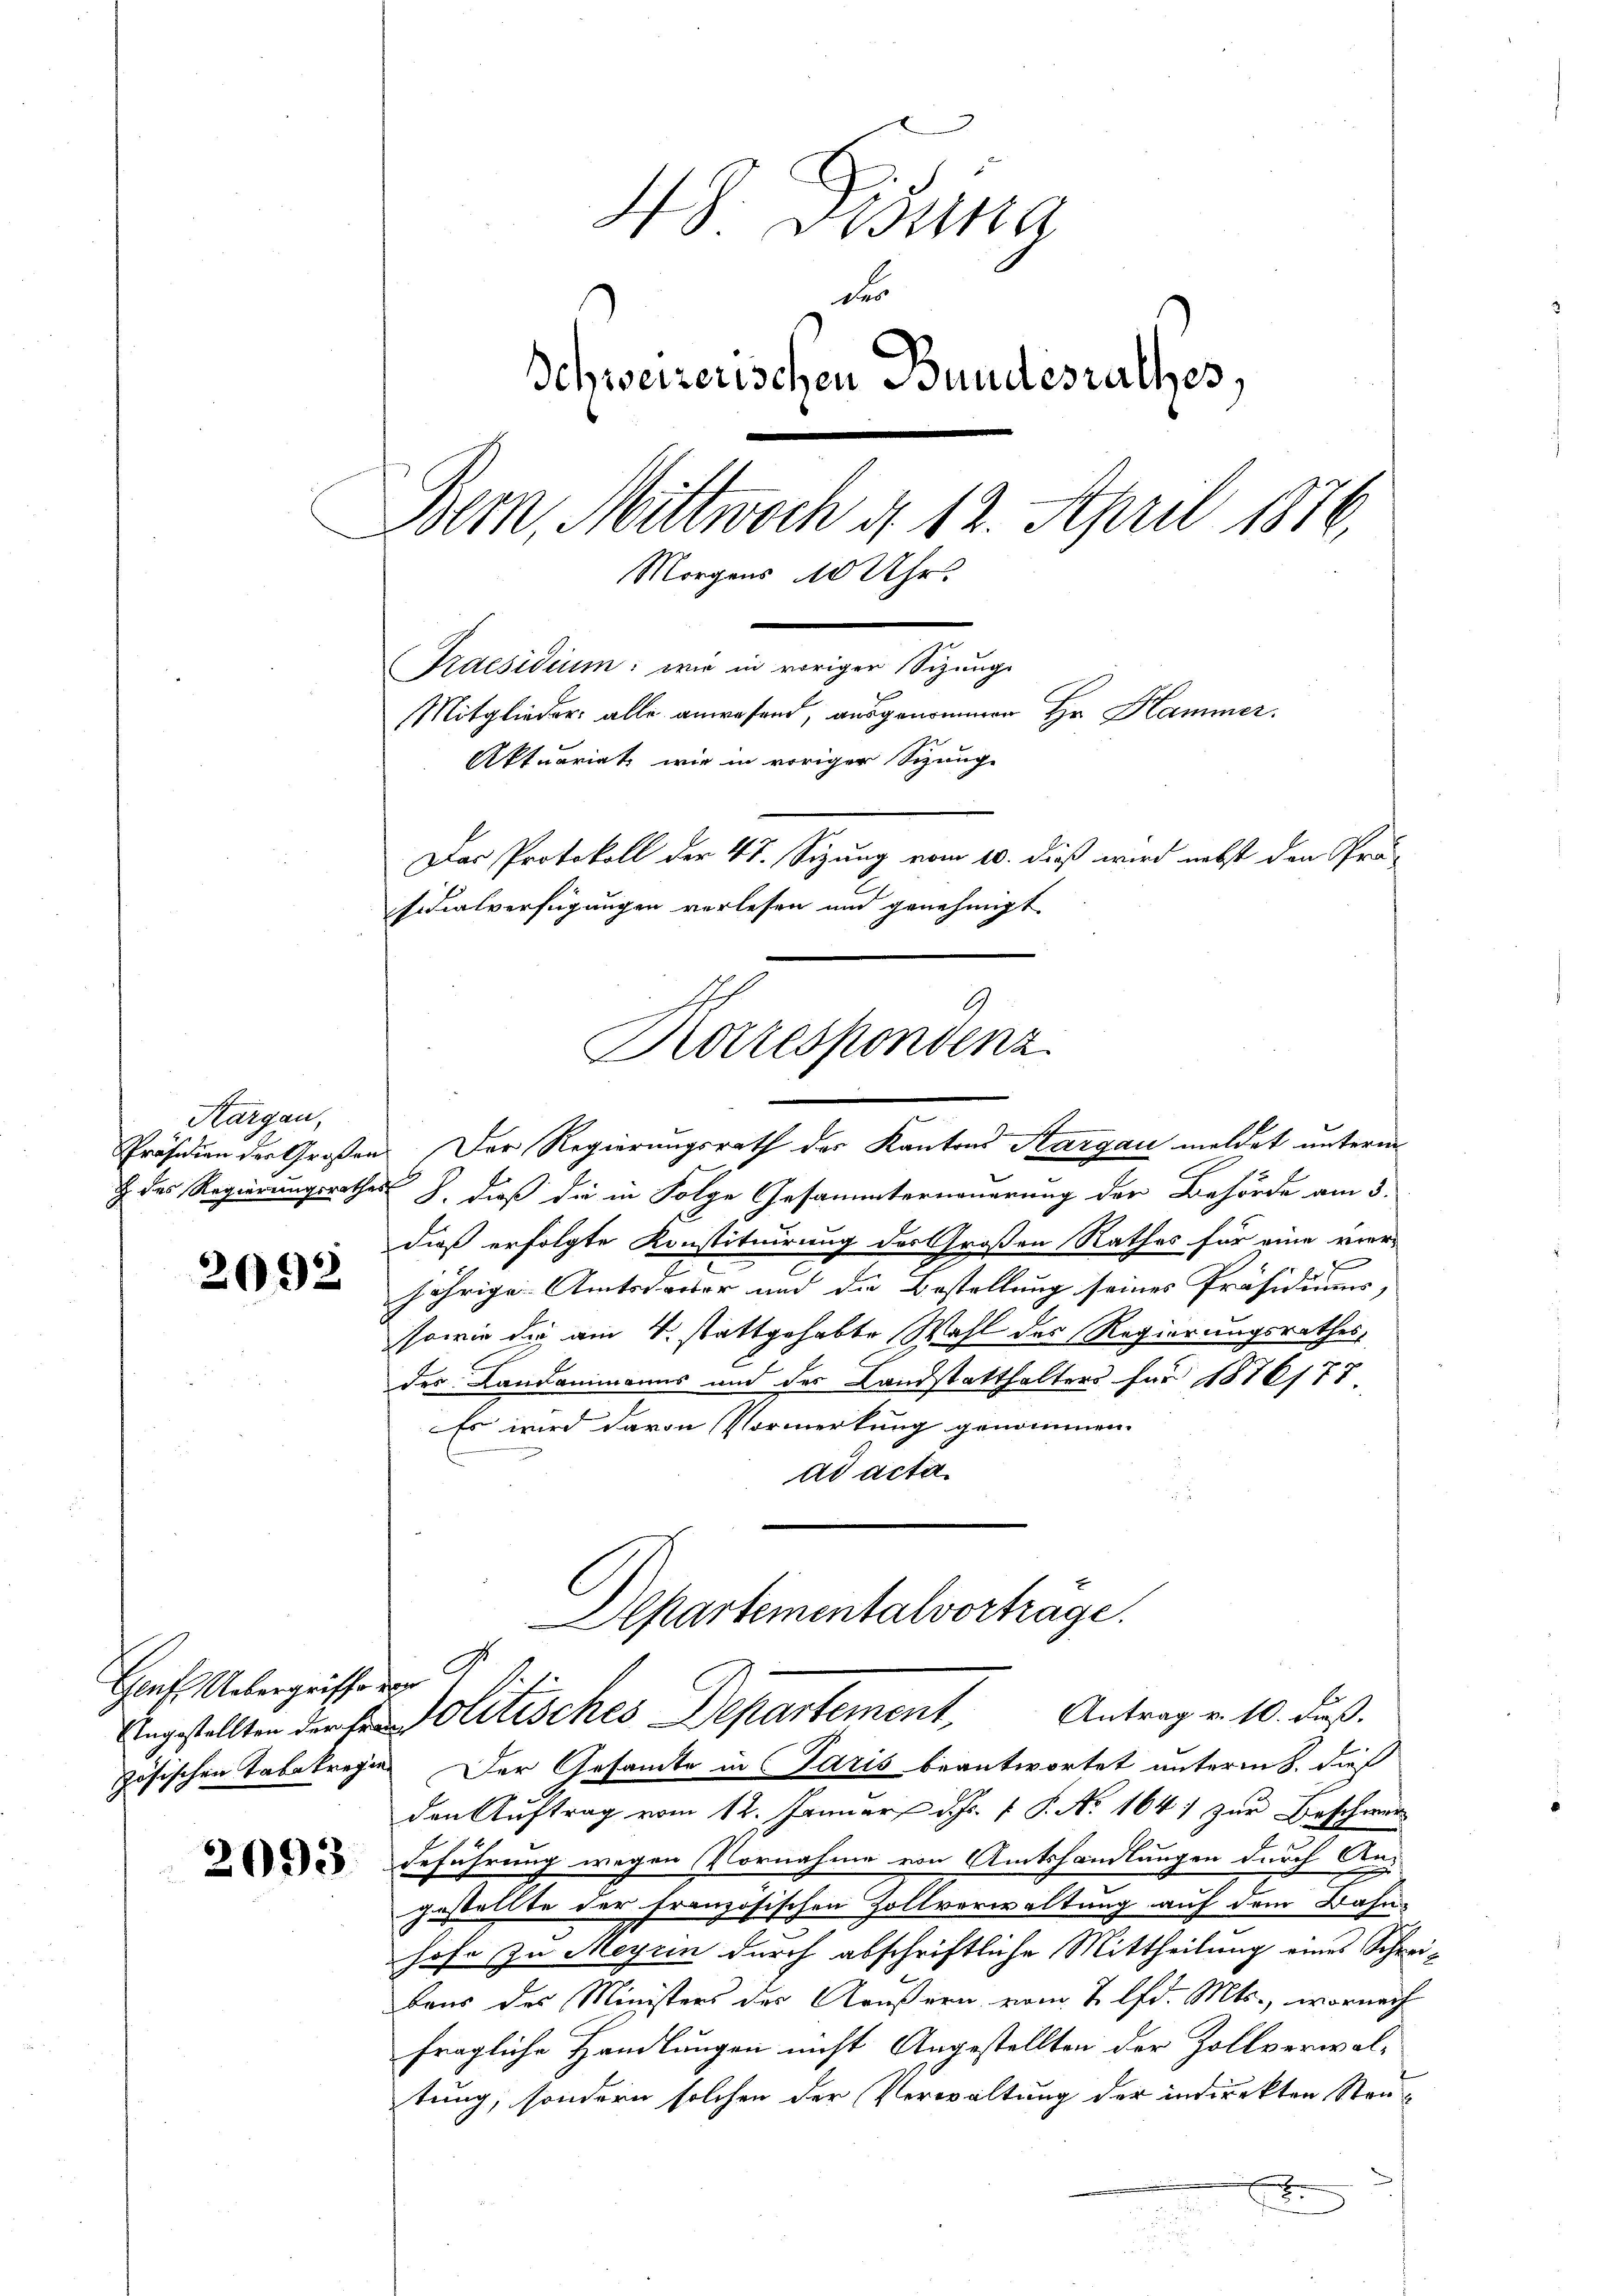
Kargau,

2092

H. Spita
der
Schweizerischen Bundesrathes,
Bern, Mittwoch d. 12. April 1876.
Morgens 10 Uhr.
Praesidium: wie in voriger Sizungs

Mitglieder: alle anwesend, ausgenommen Hr. Hammer.
Aktuariat wie in voriger Schunge
Das Protokoll der 47. Sizung vom 10. dieß wird nebst den Prä-
sidialverfügungen verlesen und genehmigt
Korrespondenz

Genf. Uebergriffe de

Präsidion der Großen: Der Regierungsrath des Kantons Aargau meldet unterm
 das Regierungsrathes J. daß die in Folge Gesammterneuerung der Behörde am 3.
dieß erfolgte Konstituirung des Großen Rathes für eine vier-
Er
jährige Amtsdauer und die Bestellung seines Präsidiums,
sowie die am 4. stattgehabte Wahl des Regierungsrathes,
des Landammanns und des Landstatthalters für 1876/77
Es wird davon Vormerkung genommen.
ad acta
Departementalvortrage.
Angstellten der sein Politisches Departement. Antrag v. 10. Fuß.
zösischen Tabakregier Der Gesamte in Paris beantwortet unterm 8. dies
den Auftrag vom 12. Januar d. Js. 1 P. No 1641 zur Beschwer¬
2 Geführung wegen Vornahme von Amtshandlungen durch Angestellte der französischen Zollverwaltung auf dem Bahn-
hofe zu Meyrin durch abschriftliche Mittheilung eines Schreibaus des Ministers der Aeußern vom 2. lfd. Mts., wornach
fragliche Handlungen nicht Angestellten der Zollverwaltung, sondern solchen der Verwaltung der indirekten Steu¬
.
.

.